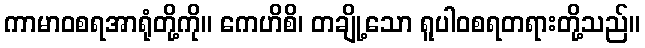
ကာမာဝစရအာရုံတို့ကို။ ကေဟိစိ၊ တချို့သော ရူပါဝစရတရားတို့သည်။